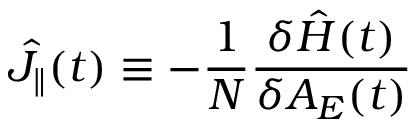
\hat { J } _ { \parallel } ( t ) \equiv - \frac { 1 } { N } \frac { \delta \hat { H } ( t ) } { \delta A _ { E } ( t ) }